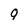
Character: 9